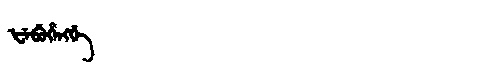
Manchu: ᡶᡝᠪᡠᡥᡝᠩᡤᡝ
Romanization: FEBUHENGGE